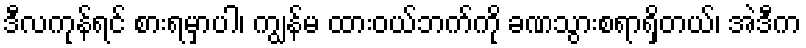
ဒီလကုန်ရင် စားရမှာပါ၊ ကျွန်မ ထားဝယ်ဘက်ကို ခဏသွားစရာရှိတယ်၊ အဲဒီက